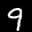
Label: 9